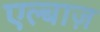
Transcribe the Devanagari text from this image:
एल्बाज़